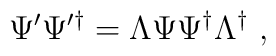
\Psi' \Psi'^{\dag} = \Lambda \Psi \Psi^{\dag} \Lambda^{\dag}~,